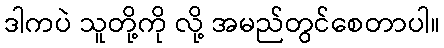
ဒါကပဲ သူတို့ကို လို့ အမည်တွင်စေတာပါ။